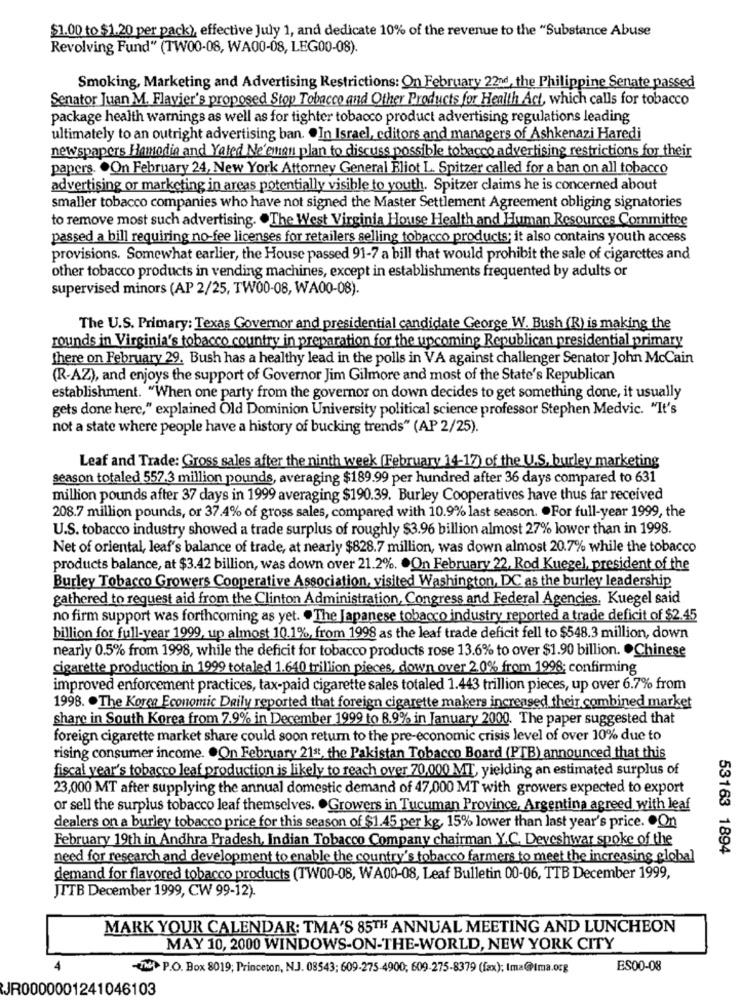
$1.00 to $1.20 per pack), effective July 1, and dedicate 10% of the revenue to the "Substance Abuse
Revolving Fund" (TW00-08, WA00-08, LEG00-08).
Smoking, Marketing and Advertising Restrictions: On February 22nd, the Philippine Senate passed
Senator Juan M. Flavier's proposed Stop Tobacco and Other Products for Health Act, which calls for tobacco
package health warnings as well as for tighter tobacco product advertising regulations leading
ultimately to an outright advertising ban. . In Israel, cditors and managers of Ashkenazi Haredi
newspapers Hamodia and Yated Ne'eman plan to discuss possible tobacco advertising restrictions for their
papers. . On February 24, New York Attorney General Bliot L. Spitzer called for a ban on all tobacco
advertising or marketing in areas potentially visible to youth. Spitzer claims he is concerned about
smaller tobacco companies who have not signed the Master Settlement Agreement obliging signatories
to remove most such advertising. . The West Virginia House Health and Human Resources Committee
passed a bill requiring no-fee licenses for retailers selling tobacco products; it also contains youth access
provisions. Somewhat earlier, the House passed 91-7 a bill that would prohibit the sale of cigarettes and
other tobacco products in vending machines, except in establishments frequented by adults or
supervised minors (AP 2/25, TW00-08, WA00-08).
The U.S. Primary: Texas Governor and presidential candidate George W. Bush (R) is making the
rounds in Virginia's tobacco country in preparation for the upcoming Republican presidential primary
there on February 29. Bush has a healthy lead in the polls in VA against challenger Senator John McCain
(R-AZ), and enjoys the support of Governor Jim Gilmore and most of the State's Republican
establishment. "When one party from the governor on down decides to get something done, it usually
gets done here," explained Old Dominion University political science professor Stephen Medvic. "It's
not a state where people have a history of bucking trends" (AP 2/25).
Leaf and Trade: Gross sales after the ninth week (February 14-17) of the U.S. burley marketing
season totaled 557.3 million pounds, averaging $189.99 per hundred after 36 days compared to 631
million pounds after 37 days in 1999 averaging $190.39. Burley Cooperatives have thus far received
208.7 million pounds, or 37.4% of gross sales, compared with 10.9% last season. . For full-year 1999, the
U.S. tobacco industry showed a trade surplus of roughly $3.96 billion almost 27% lower than in 1998.
Net of oriental, leaf's balance of trade, at nearly $828.7 million, was down almost 20.7% while the tobacco
products balance, at $3.42 billion, was down over 21.2%. . On February 22, Rod Kuegel, president of the
Burley Tobacco Growers Cooperative Association, visited Washington, DC as the burley leadership
gathered to request aid from the Clinton Administration, Congress and Federal Agencies. Kuegel said
no firm support was forthcoming as yet. . The Japanese tobacco industry reported a trade deficit of $2.45
billion for full-year 1999, up almost 10.1%, from 1998 as the leaf trade deficit fell to $548.3 million, down
nearly 0.5% from 1998, while the deficit for tobacco products rose 13.6% to over $1.90 billion. . Chinese
cigarette production in 1999 totaled 1.640 trillion pieces, down over 2,0% from 1998; confirming
improved enforcement practices, tax-paid cigarette sales totaled 1.443 trillion pieces, up over 6.7% from
1998. . The Korea Economic Daily reported that foreign cigarette makers increased their combined market
share in South Korea from 7.9% in December 1999 to 8.9% in January 2000. The paper suggested that
foreign cigarette market share could soon return to the pre-economic crisis level of over 10% due to
rising consumer income. . On February 21st, the Pakistan Tobacco Board (PTB) announced that this
fiscal year's tobacco leaf production is likely to reach over 70,000 MT, yielding an estimated surplus of
23,000 MT after supplying the annual domestic demand of 47,000 MT with growers expected to export
or sell the surplus tobacco leaf themselves. . Growers in Tucuman Province, Argentina agreed with leaf
dealers on a burley tobacco price for this season of $1.45 per kg, 15% lower than last year's price. . On
February 19th in Andhra Pradesh, Indian Tobacco Company chairman Y.C. Deveshwar spoke of the
53163 1894
need for research and development to enable the country's tobacco farmers to meet the increasing global
demand for flavored tobacco products (TW00-08, WA00-08, Leaf Bulletin 00-06, TTB December 1999,
JTTB December 1999, CW 99-12).
MARK YOUR CALENDAR: TMA'S 85TH ANNUAL MEETING AND LUNCHEON
MAY 10, 2000 WINDOWS-ON-THE-WORLD, NEW YORK CITY
-THE P.O. Box 8019; Princeton, N.J. 08543; 609-275-4900; 609-275-8379 (fax); Ima@tma.org
ES00-08
JR0000001241046103